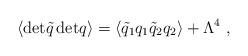
LaTeX: \begin{align*}\langle{\rm det}\tilde{q}\,{\rm det}q\rangle =\langle \tilde{q}_1q_1\tilde{q}_2q_2\rangle + \Lambda^4 \ ,\end{align*}